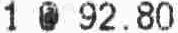
1 @ 92.80